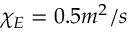
\chi _ { E } = 0 . 5 m ^ { 2 } / s